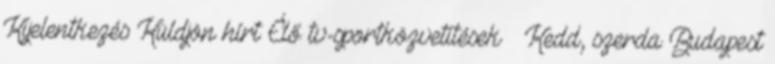
Kijelentkezés Küldjön hírt Élő tv-sportközvetítések – Kedd, szerda Budapest